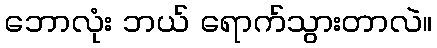
ဘောလုံး ဘယ် ရောက်သွားတာလဲ။